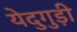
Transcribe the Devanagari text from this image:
येदुगुड़ी